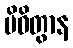
ပိဝိတွာန